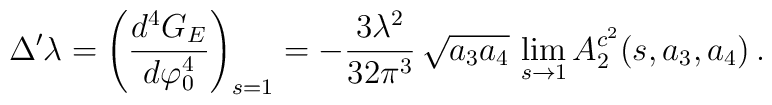
\Delta' \lambda = \left(\frac{d^4 G_E}{d \varphi_0^4} \right)_{s=1} = -\frac{3\lambda^2}{32\pi^3}\, \sqrt{a_3 a_4} \,                  \lim_{s\rightarrow 1} A_2^{c^2}(s,a_3,a_4) \,.